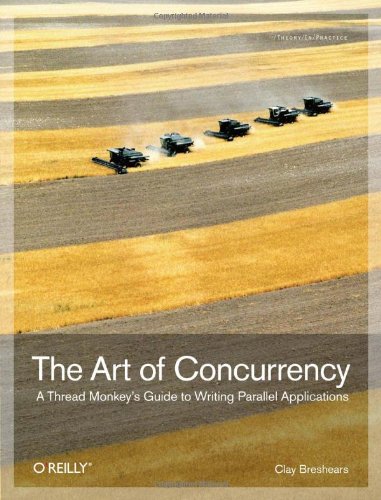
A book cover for The Art of Concurrency: A Thread Monkey's Guide to Writing Parallel Applications; Clay Breshears; Computers & Technology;